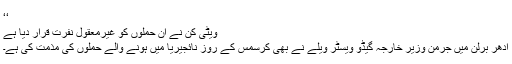
‘‘
ویٹی کن نے ان حملوں کو غیرمعقول نفرت قرار دیا ہے
اِدھر برلن میں جرمن وزیر خارجہ گیڈو ویسٹر ویلے نے بھی کرسمس کے روز نائجیریا میں ہونے والے حملوں کی مذمت کی ہے۔